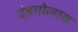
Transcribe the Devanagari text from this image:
दंडगोलास